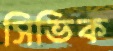
সিভিক